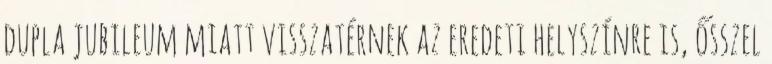
dupla jubileum miatt visszatérnek az eredeti helyszínre is, ősszel